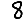
Digit: 8